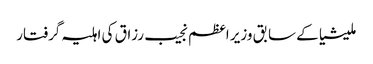
ملیشیا کے سابق وزیر اعظم نجیب رزاق کی اہلیہ گرفتار